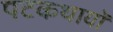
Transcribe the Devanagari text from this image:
पटकथायों